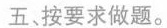
五、按要求做题。